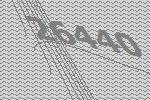
26440